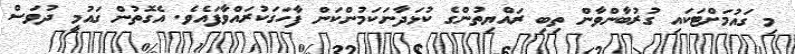
މި ގައުމަށްޓަކައި ގުރުބާންވާން ތިބި ރައްޔިތުންގެ ކުޅަދާނަކަމުންކަން ފާހަގަކުރައްވާފައެވެ. އެގޮތުން ގައުމީ ދުވަސް